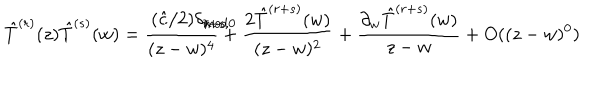
LaTeX: \hat { T } ^ { ( r ) } ( z ) \hat { T } ^ { ( s ) } ( w ) = \frac { ( \hat { c } / 2 ) \delta _ { r + s , 0 \hspace { . 0 5 i n } m o d \hspace { . 0 3 i n } \lambda } } { ( z - w ) ^ { 4 } } + \frac { 2 \hat { T } ^ { ( r + s ) } ( w ) } { ( z - w ) ^ { 2 } } + \frac { \partial _ { w } \hat { T } ^ { ( r + s ) } ( w ) } { z - w } + O ( ( z - w ) ^ { 0 } )